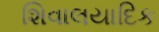
શિવાલયાદિક